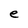
Character: e